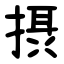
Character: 摂